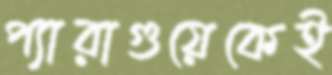
প্যারাগুয়েকেই